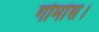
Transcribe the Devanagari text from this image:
गोमांस।